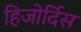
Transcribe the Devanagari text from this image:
हिजोर्दिस